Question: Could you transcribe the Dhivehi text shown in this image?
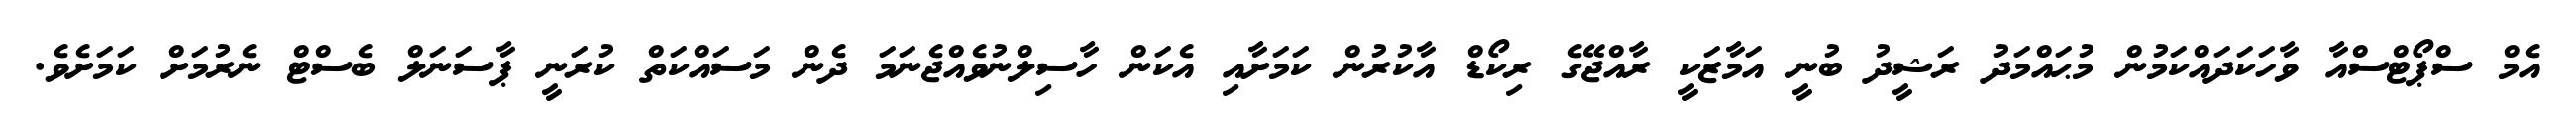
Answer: އެމް ސްޕޯޓްސްއާ ވާހަކަދައްކަމުން މުޙައްމަދު ރަޝީދު ބުނީ އަމާޒަކީ ރާއްޖޭގެ ރިކޯޑް އާކުރުން ކަމަށާއި އެކަން ހާސިލްނުވެއްޖެނަމަ ދެން މަސައްކަތް ކުރަނީ ޕާސަނަލް ބެސްޓް ނެރުމަށް ކަމަށެވެ.